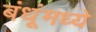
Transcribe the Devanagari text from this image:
बंधूंमध्ये